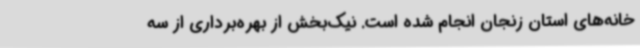
خانه‌های استان زنجان انجام شده است. نیک‌بخش از بهره‌برداری از سه